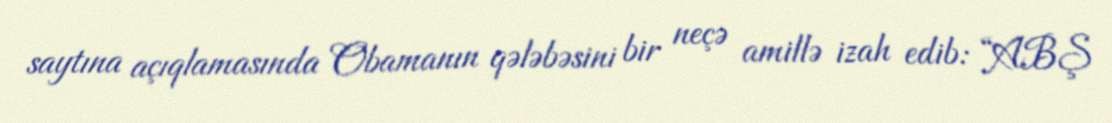
saytına açıqlamasında Obamanın qələbəsini bir neçə amillə izah edib: “ABŞ